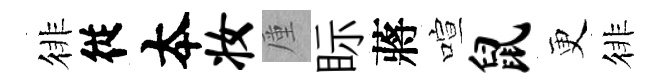
徘従夲妆厪眎蔣喧鼠更徘